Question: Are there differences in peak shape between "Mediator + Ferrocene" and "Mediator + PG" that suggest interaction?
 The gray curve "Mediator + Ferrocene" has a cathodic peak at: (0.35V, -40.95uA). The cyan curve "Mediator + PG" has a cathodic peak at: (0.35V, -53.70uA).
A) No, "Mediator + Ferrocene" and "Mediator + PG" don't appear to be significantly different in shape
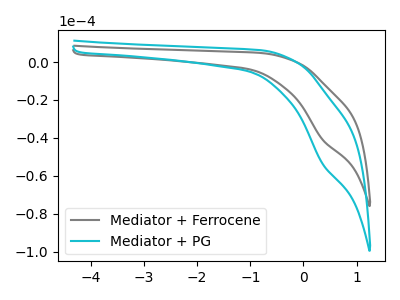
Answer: <think>All the peaks in "Mediator + Ferrocene" have a peak in "Mediator + PG" at the same potential. Every peak in "Mediator + Ferrocene" is lower than every peak in "Mediator + PG".
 </think>
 <answer>A) No, "Mediator + Ferrocene" and "Mediator + PG" don't appear to be significantly different in shape</answer>
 <eval>A</eval>